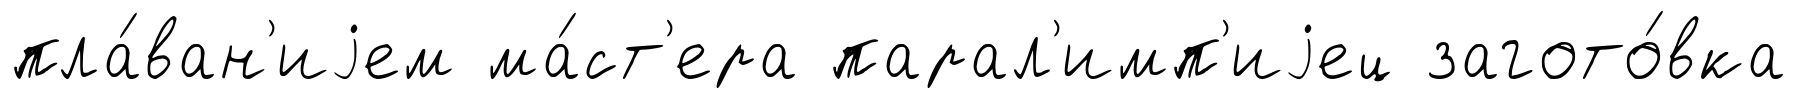
пла́ван'иjем ма́ст'ера парал'имп'иjец загото́вка